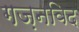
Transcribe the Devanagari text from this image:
गज़नविद